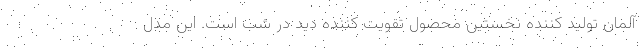
آلمان تولید کننده نخستین محصول تقویت کننده دید در شب است. این مدل